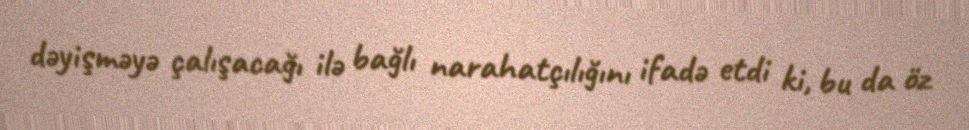
dəyişməyə çalışacağı ilə bağlı narahatçılığını ifadə etdi ki, bu da öz